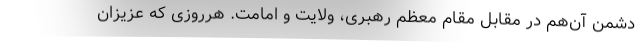
دشمن آن‌هم در مقابل مقام معظم رهبری، ولایت و امامت. هرروزی که عزیزان